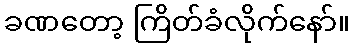
ခဏတော့ ကြိတ်ခံလိုက်နော်။